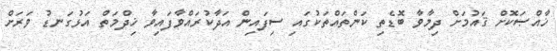
ޚާއްޞަކޮށް ޤައުމަށް ދިމާވާ ބޮޑެތި ކަންތައްތަކުގައި ސިފައިން އަދާކުރައްވާފައިވާ ޚިދްމަތް އަޅުގަނޑު ވަރަށް